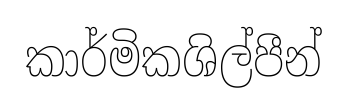
කාර්මිකශිල්පීන්